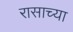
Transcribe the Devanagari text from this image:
रासाच्या